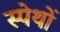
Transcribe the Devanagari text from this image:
स्पेथों